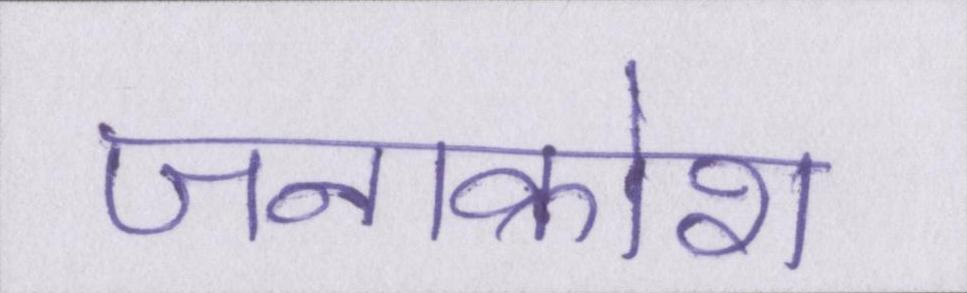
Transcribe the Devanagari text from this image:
जनाक्रोश